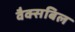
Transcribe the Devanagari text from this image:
वैक्सबिल